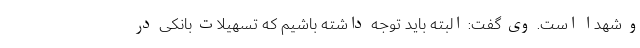
و شهدا است. وی گفت: البته باید توجه داشته باشیم که تسهیلات بانکی در